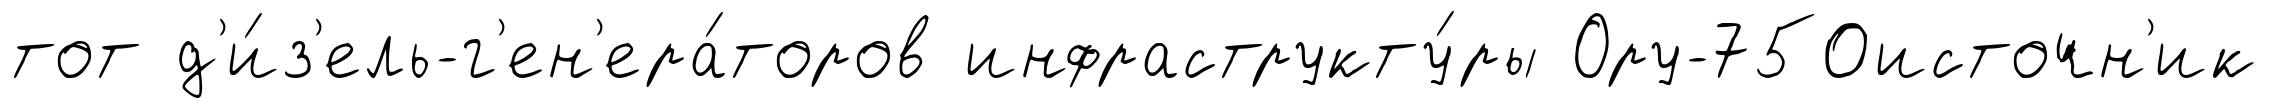
тот д'и́з'ель-г'ен'ера́торов инфраструкту́ры Ору-750источн'ик